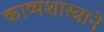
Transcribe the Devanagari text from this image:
काव्यशास्त्राने